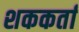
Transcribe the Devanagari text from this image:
शककर्ता